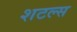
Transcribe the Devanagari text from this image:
शटल्स